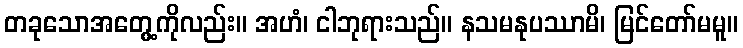
တခုသောအတွေ့ကိုလည်း။ အဟံ၊ ငါဘုရားသည်။ နသမနုပဿာမိ၊ မြင်တော်မမူ။